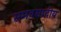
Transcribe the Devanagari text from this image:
समवसादीय